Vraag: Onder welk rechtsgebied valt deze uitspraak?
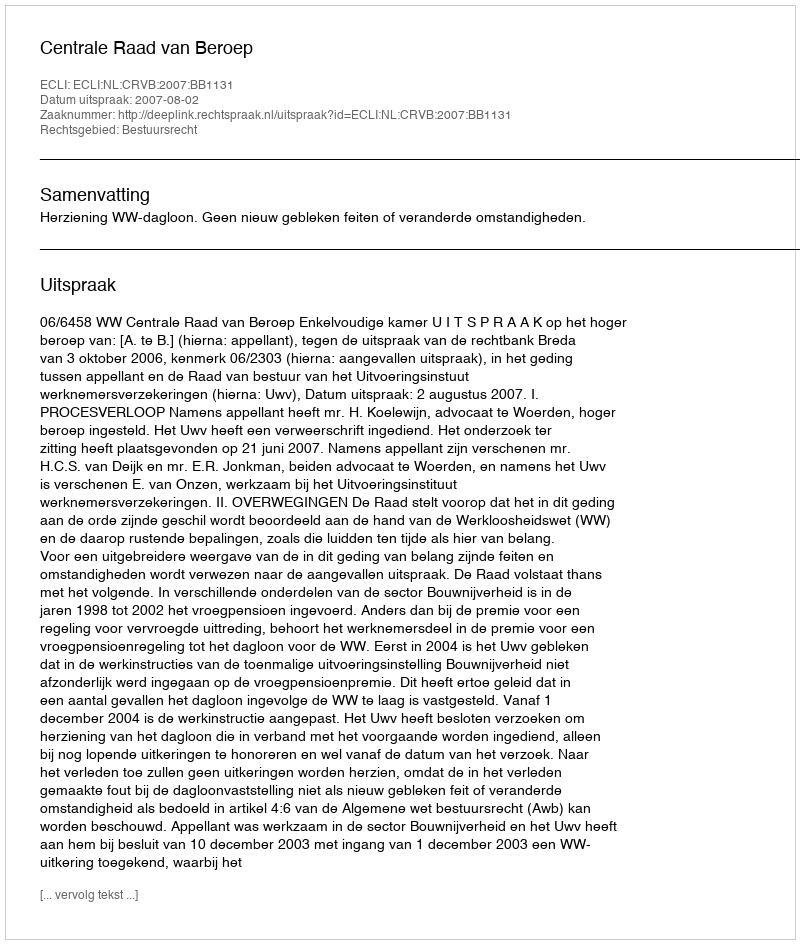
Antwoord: Bestuursrecht